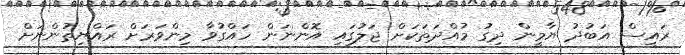
ރައީސް އަބުދު ޔާމީން ދިގު މުއްދަތަކަށް ޖަލުގައި އޮންނަން ހައްގުވާ މިންވަރަށް ރައްޔިތުންނަށް